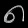
Digit: ၈